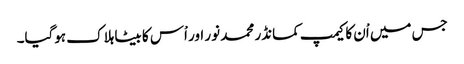
جس میں اْن کا کیمپ کمانڈر محمد نور اور اْس کا بیٹا ہلاک ہوگیا۔